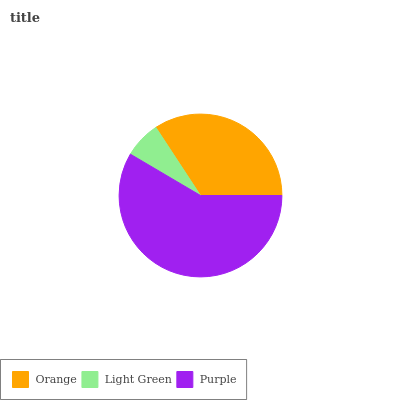
| Orange | Light Green | Purple |
 | --- | --- | --- |
 | 34.2% | 7.3% | 58.5% |